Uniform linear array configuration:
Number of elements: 4
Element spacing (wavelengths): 1
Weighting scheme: cosine
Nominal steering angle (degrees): -15
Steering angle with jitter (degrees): -16.817
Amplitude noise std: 0.05
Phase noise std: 0.05

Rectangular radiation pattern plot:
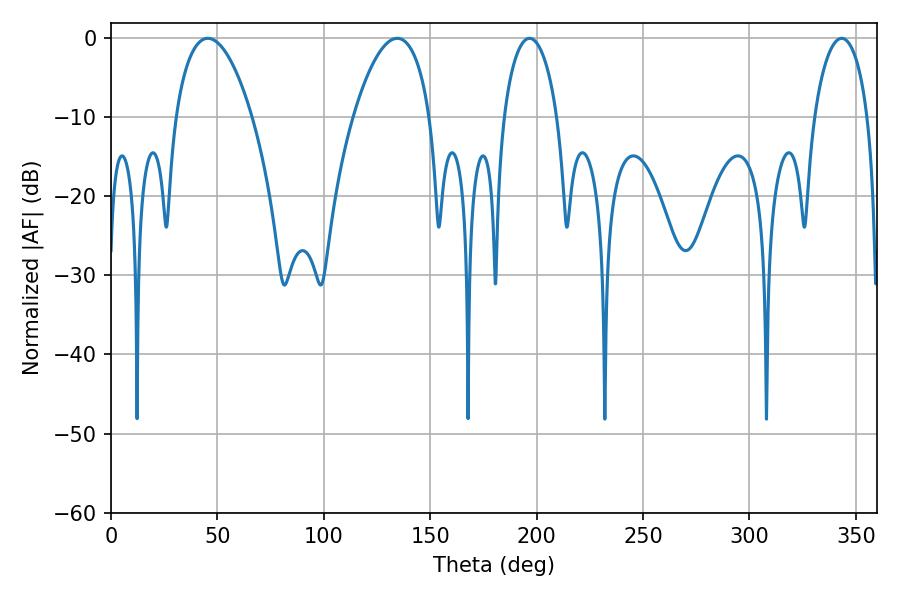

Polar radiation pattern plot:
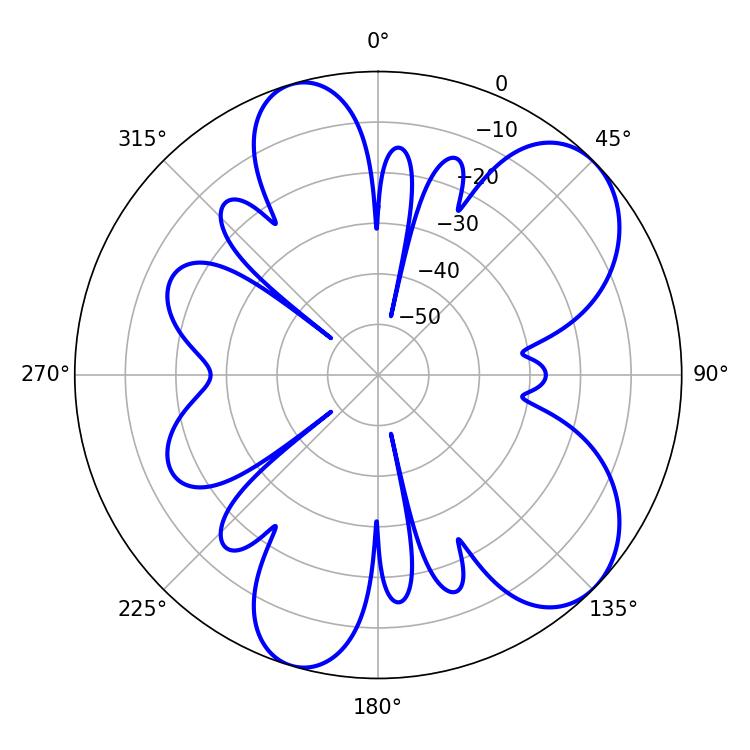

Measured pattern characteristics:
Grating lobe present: TRUE
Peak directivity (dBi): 7.38
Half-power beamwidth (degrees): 20.16
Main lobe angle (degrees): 45.54